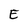
Character: E